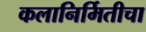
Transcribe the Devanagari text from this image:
कलानिर्मितीचा